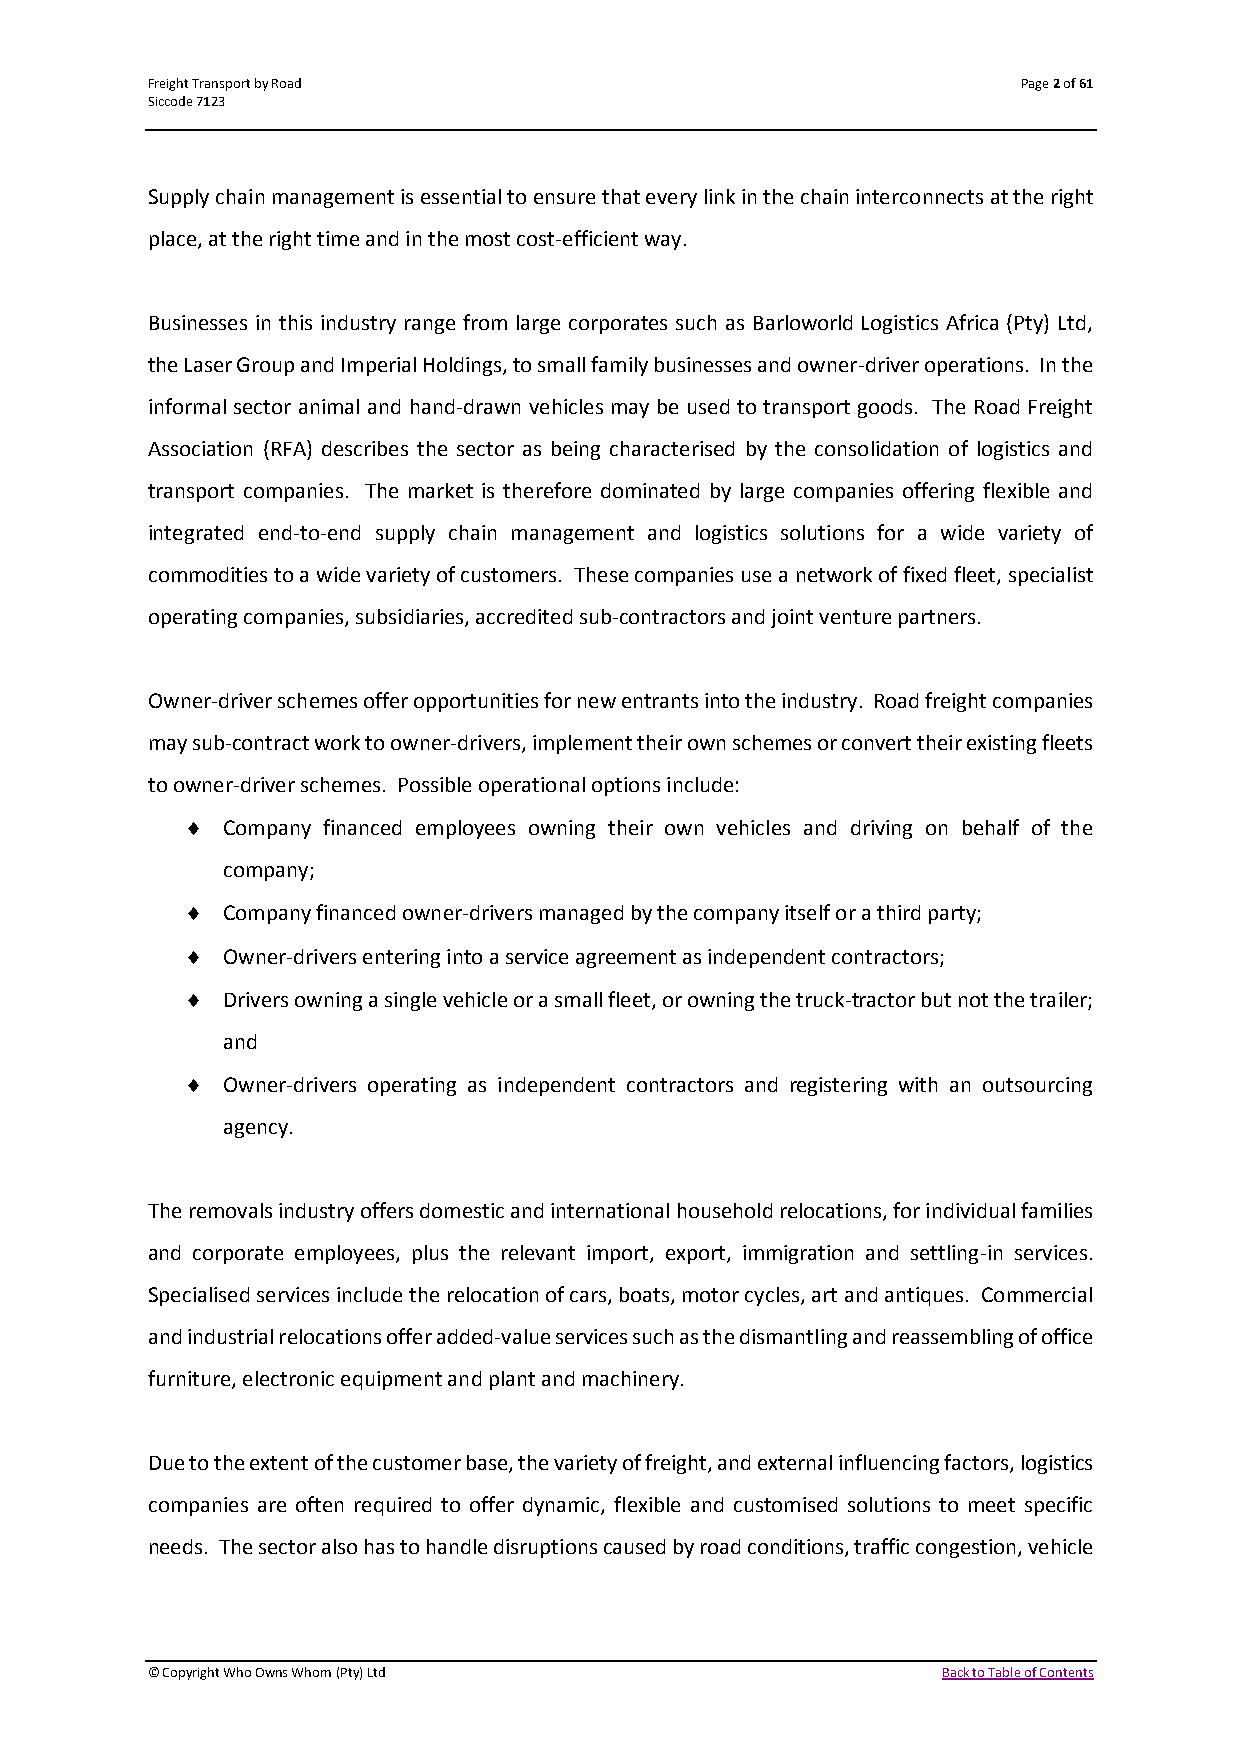
Freight Transport by Road                                 Page 2 of 61
 Siccode 7123
 Supply chain management is essential to ensure that every link in the chain interconnects at the right
 place, at the right time and in the most cost-efficient way.
 Businesses in this industry range from large corporates such as Barloworld Logistics Africa (Pty) Ltd,
 the Laser Group and Imperial Holdings, to small family businesses and owner-driver operations. In the
 informal sector animal and hand-drawn vehicles may be used to transport goods. The Road Freight
 Association (RFA) describes the sector as being characterised by the consolidation of logistics and
 transport companies. The market is therefore dominated by large companies offering flexible and
 integrated end-to-end supply chain management and logistics solutions for a wide variety of
 commodities to a wide variety of customers. These companies use a network of fixed fleet, specialist
 operating companies, subsidiaries, accredited sub-contractors and joint venture partners.
 Owner-driver schemes offer opportunities for new entrants into the industry. Road freight companies
 may sub-contract work to owner-drivers, implement their own schemes or convert their existing fleets
 to owner-driver schemes. Possible operational options include:
   Company financed employees owning their own vehicles and driving on behalf of the
 company;
   Company financed owner-drivers managed by the company itself or a third party;
   Owner-drivers entering into a service agreement as independent contractors;
   Drivers owning a single vehicle or a small fleet, or owning the truck-tractor but not the trailer;
 and
   Owner-drivers operating as independent contractors and registering with an outsourcing
 agency.
 The removals industry offers domestic and international household relocations, for individual families
 and corporate employees, plus the relevant import, export, immigration and settling-in services.
 Specialised services include the relocation of cars, boats, motor cycles, art and antiques. Commercial
 and industrial relocations offer added-value services such as the dismantling and reassembling of office
 furniture, electronic equipment and plant and machinery.
 Due to the extent of the customer base, the variety of freight, and external influencing factors, logistics
 companies are often required to offer dynamic, flexible and customised solutions to meet specific
 needs. The sector also has to handle disruptions caused by road conditions, traffic congestion, vehicle
 © Copyright Who Owns Whom (Pty) Ltd                 Back to Table of Contents